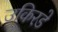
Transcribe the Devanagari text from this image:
उकिरडे